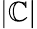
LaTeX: |\mathbb{C}|